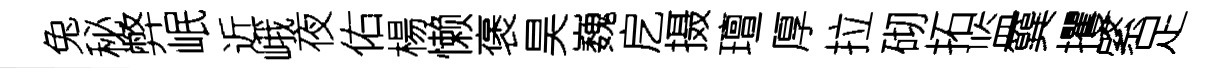
兔秘弊岷近峨夜佑楊懒褒昊巍戹摄璮厚拉砌拓监簨攫綮足